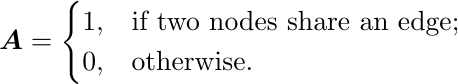
\begin{equation*}
\boldsymbol{A} = \begin{cases}
1, & \mbox{if two nodes share an edge};\\
0, & \mbox{otherwise}.
 \end{cases}
\end{equation*}